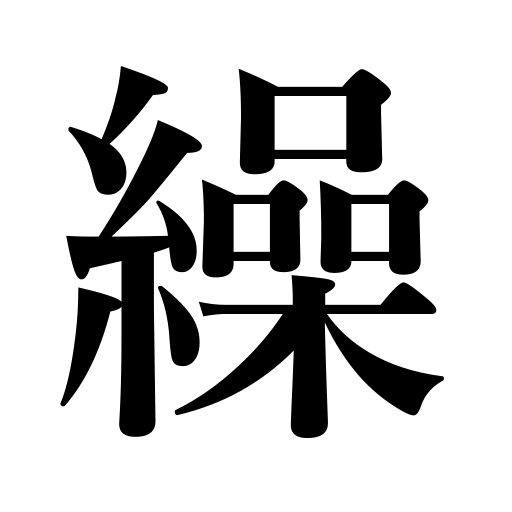
Meanings: count the days,look up a word,reel thread,gin cotton,open shutters,turn pages,etc.,spin,refer to,wind